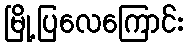
မြို့ပြလေကြောင်း